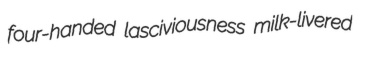
four-handed lasciviousness milk-livered